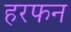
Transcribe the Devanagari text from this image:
हरफन